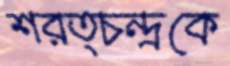
শরত্চন্দ্রকে